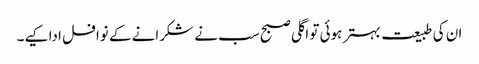
ان کی طبیعت بہتر ہوئی تو اگلی صبح سب نے شکرانے کے نوافل ادا کیے۔